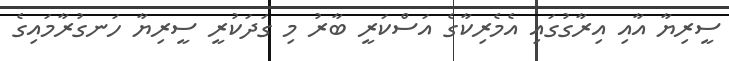
ސީރިޔާ އާއި އިރާގުގައި އެމެރިކާގެ އަސްކަރީ ބާރު މި ގަދަކުރީ ސީރިޔާ ހަނގުރާމައިގެ